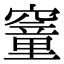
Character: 䆹